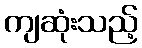
ကျဆုံးသည့်